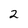
Character: 2